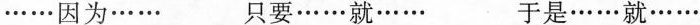
······因为······ 只要······就······ 于是······就······